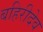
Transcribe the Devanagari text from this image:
बहिरीदेव